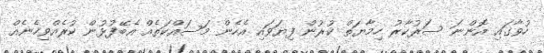
ހުވާގައި އޮންނަ ސަރުކާރު ހިމާޔަތް ކުރުން ފިޔަވައި އެހެން މަސައްކަތެއް އެބޭފުޅުން ކުރެއްވިހެނެއް